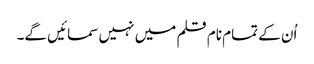
اُن کے تمام نام قلم میں نہیں سمائیں گے۔